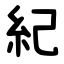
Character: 紀